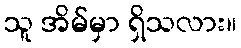
သူ အိမ်မှာ ရှိသလား။